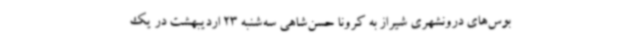
بوس‌های درونشهری شیراز به کرونا حسن‌شاهی سه‌شنبه 23 اردیبهشت در یک